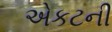
એકટની